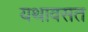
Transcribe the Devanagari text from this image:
यथावसत